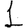
Digit: 1